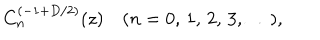
LaTeX: C _ { n } ^ { ( - 1 + D / 2 ) } ( z ) \quad ( n = 0 , \, 1 , \, 2 , \, 3 , \, \ldots ) ,